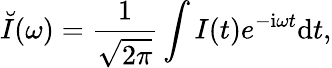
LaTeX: \breve{I}(\omega)=\frac{1}{\sqrt{2\pi}}\int I(t)e^{\mathrm{{-i}}\omega t}\mathrm{{d}}t,